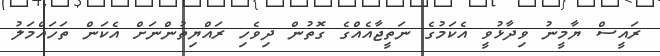
ރައީސް ޔާމީނު ވިދާޅުވީ އެކަމުގެ ނަތީޖާއެއްގެ ގޮތުން ދިވެހި ރައްޔިތުންނަށް އެކަން ތަހައްމަލު